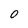
Character: O